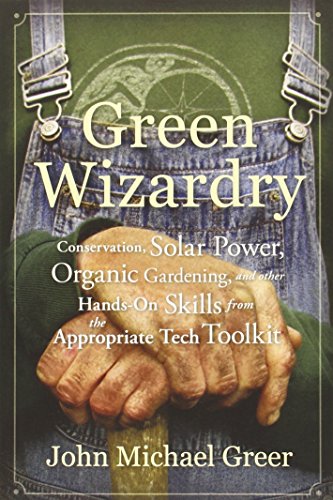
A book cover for Green Wizardry: Conservation, Solar Power, Organic Gardening, and Other Hands-On Skills From the Appropriate Tech Toolkit; John Michael Greer; Science & Math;